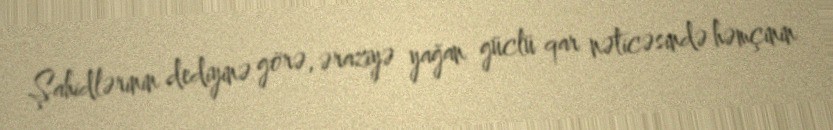
Şahidlərinin dediyinə görə, əraziyə yağan güclü qar nəticəsində həmçinin